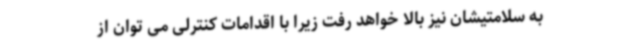
به سلامتیشان نیز بالا خواهد رفت زیرا با اقدامات کنترلی می توان از